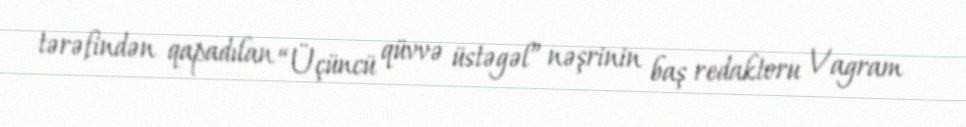
tərəfindən qapadılan “Üçüncü qüvvə üstəgəl” nəşrinin baş redaktoru Vagram